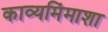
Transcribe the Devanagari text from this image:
काव्यमिंमाशा